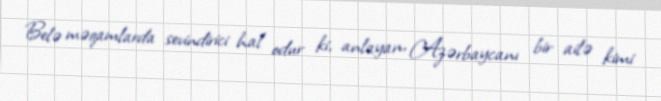
Belə məqamlarda sevindirici hal odur ki, anlayan, Azərbaycanı bir ailə kimi